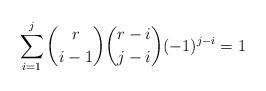
LaTeX: \begin{align*}\sum_{i=1}^j {r \choose {i-1}}{{r-i} \choose {j-i}}(-1)^{j-i}=1\end{align*}